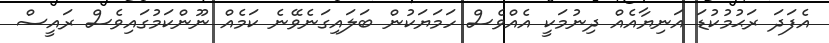
އެފަދަ ރަޙުމުކުޑަ އަނިޔާއެއް ދިނުމަކީ އެއްވެސް ހަމަޔަކުން ބަލައިގަނެވޭނެ ކަމެއް ނޫންކަމުގައިވެސް ރައީސް